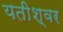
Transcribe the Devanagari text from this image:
यतीश्वर